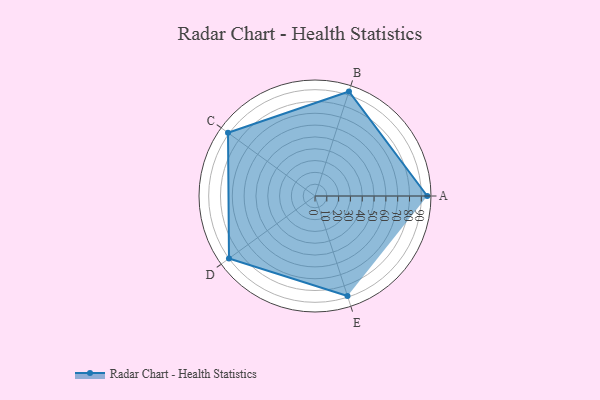
{"axis": {"x": "Skill", "y": "Score"}, "legend": ["Profile"], "data": [{"x": "A", "y": 95.0, "type": "Profile"}, {"x": "B", "y": 93.0, "type": "Profile"}, {"x": "C", "y": 91.0, "type": "Profile"}, {"x": "D", "y": 90.0, "type": "Profile"}, {"x": "E", "y": 89.0, "type": "Profile"}]}